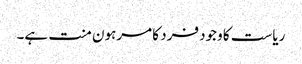
ریاست کا وجود فرد کا مرہون منت ہے۔